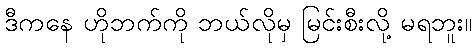
ဒီကနေ ဟိုဘက်ကို ဘယ်လိုမှ မြင်းစီးလို့ မရဘူး။